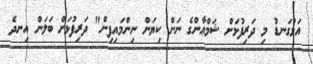
އަޅުގަނޑު މި ދަރިފުޅަށް ޝަމްޢާންގެ ނަން ކިޔަން ނިންމައިފިން" ދަރިފުޅަށް ބަލަން އިނދެ